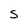
Character: S